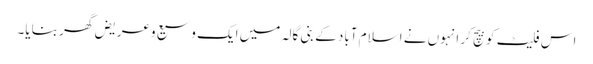
اس فلیٹ کو بیچ کر انہوں نے اسلام آباد کے بنی گالہ میں ایک وسیع وعریض گھر بنایا۔